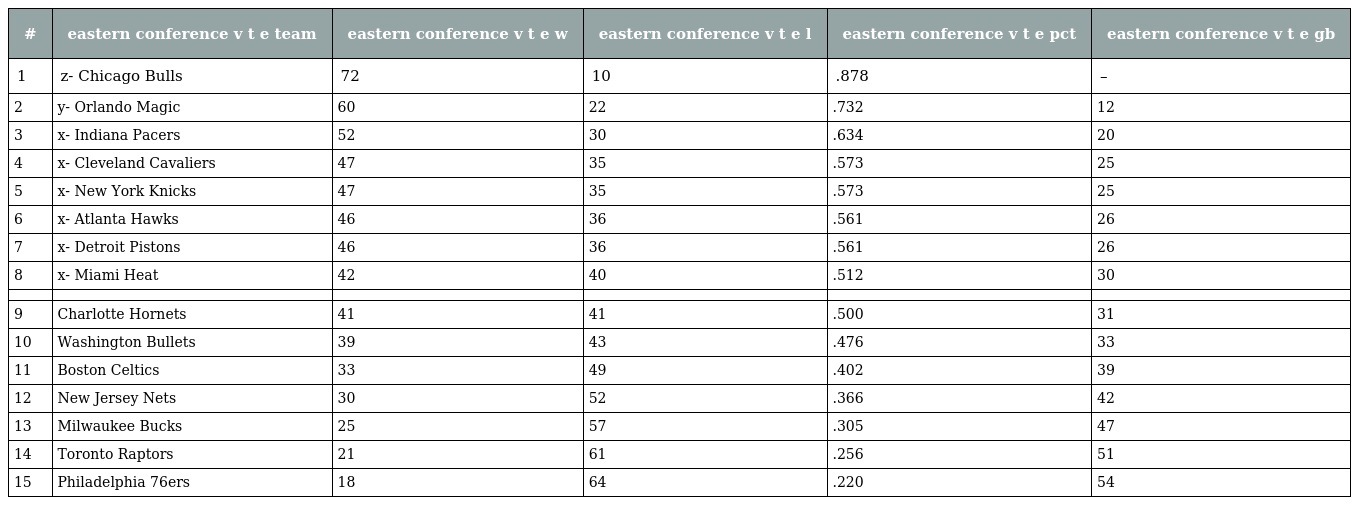
| # | eastern conference v t e team | eastern conference v t e w | eastern conference v t e l | eastern conference v t e pct | eastern conference v t e gb |
 | --- | --- | --- | --- | --- | --- |
 | 1 | z- Chicago Bulls | 72 | 10 | .878 | – |
 | 2 | y- Orlando Magic | 60 | 22 | .732 | 12 |
 | 3 | x- Indiana Pacers | 52 | 30 | .634 | 20 |
 | 4 | x- Cleveland Cavaliers | 47 | 35 | .573 | 25 |
 | 5 | x- New York Knicks | 47 | 35 | .573 | 25 |
 | 6 | x- Atlanta Hawks | 46 | 36 | .561 | 26 |
 | 7 | x- Detroit Pistons | 46 | 36 | .561 | 26 |
 | 8 | x- Miami Heat | 42 | 40 | .512 | 30 |
 |  |  |  |  |  |  |
 | 9 | Charlotte Hornets | 41 | 41 | .500 | 31 |
 | 10 | Washington Bullets | 39 | 43 | .476 | 33 |
 | 11 | Boston Celtics | 33 | 49 | .402 | 39 |
 | 12 | New Jersey Nets | 30 | 52 | .366 | 42 |
 | 13 | Milwaukee Bucks | 25 | 57 | .305 | 47 |
 | 14 | Toronto Raptors | 21 | 61 | .256 | 51 |
 | 15 | Philadelphia 76ers | 18 | 64 | .220 | 54 |